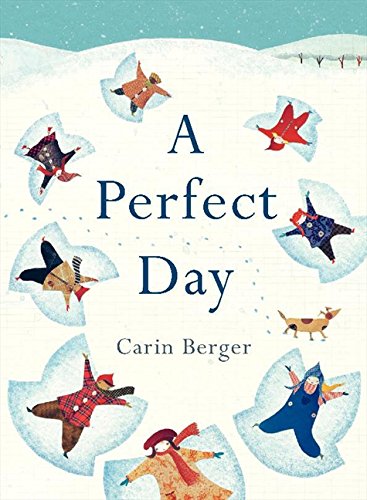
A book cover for A Perfect Day; Carin Berger; Children's Books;